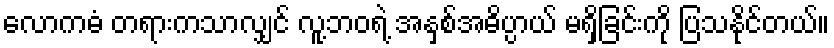
လောကဓံ တရားကသာလျှင် လူ့ဘဝရဲ့ အနှစ်အဓိပ္ပာယ် မရှိခြင်းကို ပြသနိုင်တယ်။